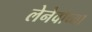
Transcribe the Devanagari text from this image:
लेनेवोच्या